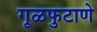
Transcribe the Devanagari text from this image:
गूळफुटाणे